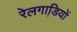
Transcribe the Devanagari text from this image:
रेलगाडि़यों